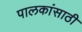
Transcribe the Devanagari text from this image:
पालकांसाठी